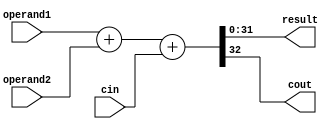
`timescale 1ns / 1ps
//////////////////////////////////////////////////////////////////////////////////
// Company: 
// Engineer: 
// 
// Design Name: 
// Module Name: test
// Project Name: 
// Target Devices: 
// Tool Versions: 
// Description: 
// 
// Dependencies: 
// 
// Revision:
// Revision 0.01 - File Created
// Additional Comments:
// 
//////////////////////////////////////////////////////////////////////////////////


module test(
    input [31:0] operand1,
    input [31:0] operand2,
    input cin,
    output [31:0] result,
    output cout
    );
    assign {cout,result} = operand1 + operand2 + cin; 
endmodule